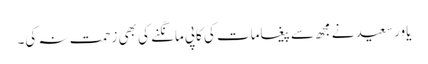
یاور سعید نے مجھ سے پیغامات کی کاپی مانگنے کی بھی زحمت نہ کی۔